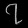
Digit: ၇